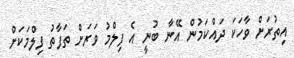
އިތުރަށް ވާހަކަ ދައްކަމުން އޭނާ ބުނީ އެ ފިލްމު ވަރަށް ތަފާތު ފިލްމަކަށް